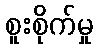
စူးစိုက်မှု